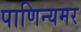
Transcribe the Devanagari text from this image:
पाणिन्यमर